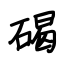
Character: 碣